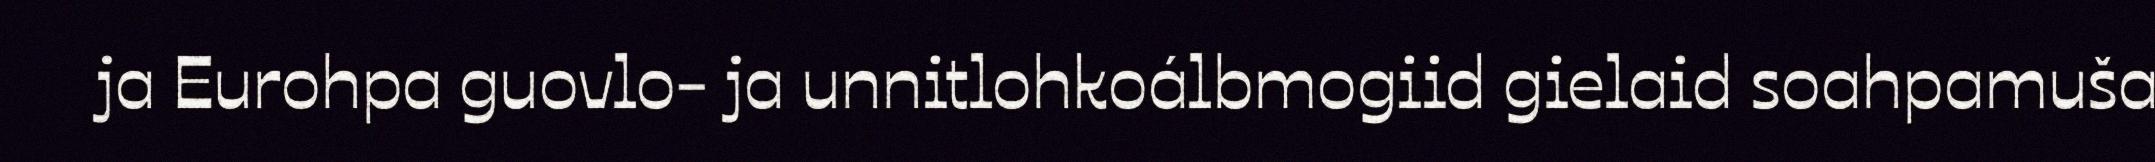
ja Eurohpa guovlo- ja unnitlohkoálbmogiid gielaid soahpamuša